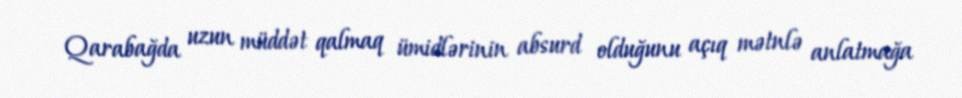
Qarabağda uzun müddət qalmaq ümidlərinin absurd olduğunu açıq mətnlə anlatmağa